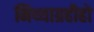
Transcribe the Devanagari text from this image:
मिथ्याग्रहीहो